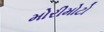
મોરીમોટો